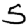
Digit: 5